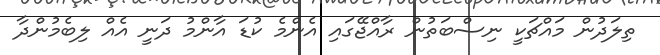
ތިލަދުން މައްޗަކީ ނިސްބަތުން ރާއްޖޭގައި އެންމެ ކުޑަ އާންމު ދަނީ އެއް ލިބެމުންދާ